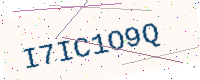
Text: I7IC1O9Q